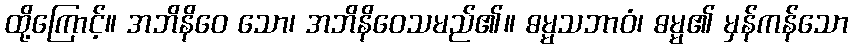
ထို့ကြောင့်။ အဘိနိဝေ သော၊ အဘိနိဝေသမည်၏။ ဓမ္မသဘာဝံ၊ ဓမ္မ၏ မှန်ကန်သော